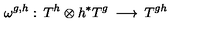
\omega ^ { g , h } : \: T ^ { h } \otimes h ^ { * } T ^ { g } \: \longrightarrow \: T ^ { g h }